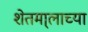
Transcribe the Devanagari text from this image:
शेतमा्लाच्या